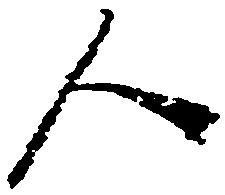
人